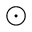
\odot